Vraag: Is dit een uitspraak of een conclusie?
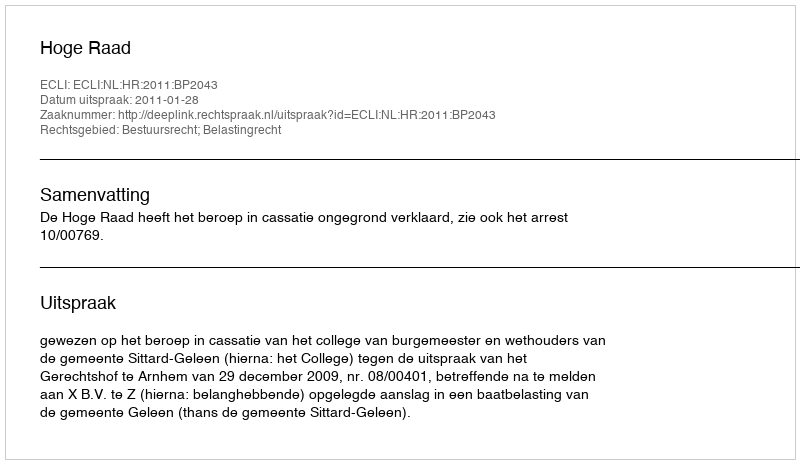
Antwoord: Uitspraak